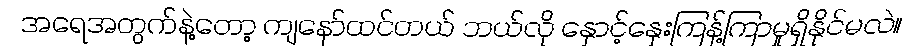
အရေအတွက်နဲ့တော့ ကျနော်ထင်တယ် ဘယ်လို နှောင့်နှေးကြန့်ကြာမှုရှိနိုင်မလဲ။